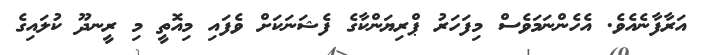
އަރާފާނެއެވެ. އެހެންނަމަވެސް މިފަހަރު ޕްރިޔަންކާގެ ފެޝަނަކަށް ވެފައި މިއޮތީ މި ރީނދޫ ކުލައިގެ